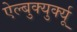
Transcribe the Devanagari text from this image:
ऐल्बुक्युर्क्यू